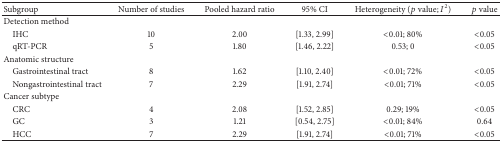
<table><thead><tr><td><b>Subgroup</b></td><td><b>Number of studies </b></td><td><b>Pooled hazard ratio</b></td><td><b>95% CI</b></td><td><b>Heterogeneity (<i>p</i> value; <i>I</i><sup>2</sup>)</b></td><td><b><i>p</i> value</b></td></tr></thead><tbody><tr><td>Detection method</td><td> </td><td> </td><td> </td><td> </td><td> </td></tr><tr><td> IHC</td><td>10</td><td>2.00</td><td>[1.33, 2.99]</td><td>&lt;0.01; 80%</td><td>&lt;0.05</td></tr><tr><td> qRT-PCR</td><td>5</td><td>1.80</td><td>[1.46, 2.22]</td><td>0.53; 0</td><td>&lt;0.05</td></tr><tr><td>Anatomic structure</td><td> </td><td> </td><td> </td><td> </td><td> </td></tr><tr><td> Gastrointestinal tract</td><td>8</td><td>1.62</td><td>[1.10, 2.40]</td><td>&lt;0.01; 72%</td><td>&lt;0.05</td></tr><tr><td> Nongastrointestinal tract</td><td>7</td><td>2.29</td><td>[1.91, 2.74]</td><td>&lt;0.01; 71%</td><td>&lt;0.05</td></tr><tr><td>Cancer subtype</td><td> </td><td> </td><td> </td><td> </td><td> </td></tr><tr><td> CRC</td><td>4</td><td>2.08</td><td>[1.52, 2.85]</td><td>0.29; 19%</td><td>&lt;0.05</td></tr><tr><td> GC</td><td>3</td><td>1.21</td><td>[0.54, 2.75]</td><td>&lt;0.01; 84%</td><td>0.64</td></tr><tr><td> HCC</td><td>7</td><td>2.29</td><td>[1.91, 2.74]</td><td>&lt;0.01; 71%</td><td>&lt;0.05</td></tr></tbody></table>